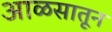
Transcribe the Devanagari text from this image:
आळसातून